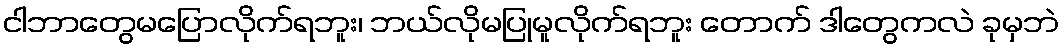
ငါဘာတွေမပြောလိုက်ရဘူး၊ ဘယ်လိုမပြုမူလိုက်ရဘူး တောက် ဒါတွေကလဲ ခုမှဘဲ